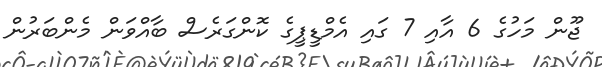
ޖޫން މަހުގެ 6 އާއި 7 ގައި އެމްޑީޕީގެ ކޮންގަރެސް ބާއްވަން މެންބަރުން